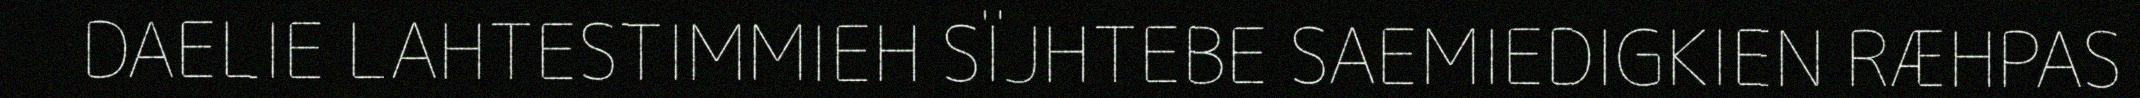
DAELIE LAHTESTIMMIEH SÏJHTEBE SAEMIEDIGKIEN RÆHPAS